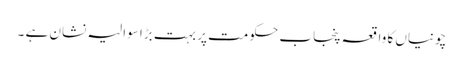
چونیاں کا واقعہ پنجاب حکومت پر بہت بڑا سوالیہ نشان ہے ۔